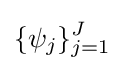
\{\psi _{j}\}_{j=1}^{J}